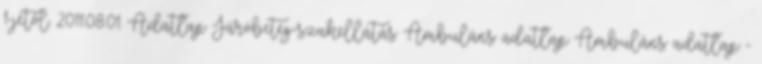
1-jétől. 2011.08.01. Adatlap Járóbeteg-szakellátás Ambuláns adatlap Ambuláns adatlap -